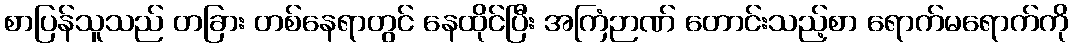
စာပြန်သူသည် တခြား တစ်နေရာတွင် နေထိုင်ပြီး အကြံဉာဏ် တောင်းသည့်စာ ရောက်မရောက်ကို